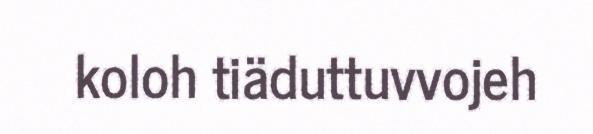
koloh tiäduttuvvojeh